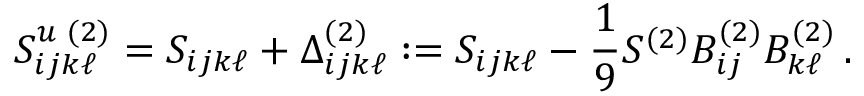
S _ { i j k \ell } ^ { u \, \, ( 2 ) } = S _ { i j k \ell } + \Delta _ { i j k \ell } ^ { ( 2 ) } : = S _ { i j k \ell } - \frac { 1 } { 9 } S ^ { ( 2 ) } B _ { i j } ^ { ( 2 ) } B _ { k \ell } ^ { ( 2 ) } \, .